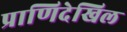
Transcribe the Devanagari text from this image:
प्राणिदेखिल